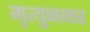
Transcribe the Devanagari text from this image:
मृत्युनन्तर